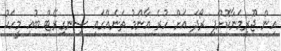
އިން ޖޫރިމަނާކޮށްފި ރޯދަ އަށް ހުރެ އާންމު ތަނެއްގައި ސިނގިރޭޓް ބުއި މީހަކު